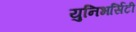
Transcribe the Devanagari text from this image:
युनिभर्सिटी